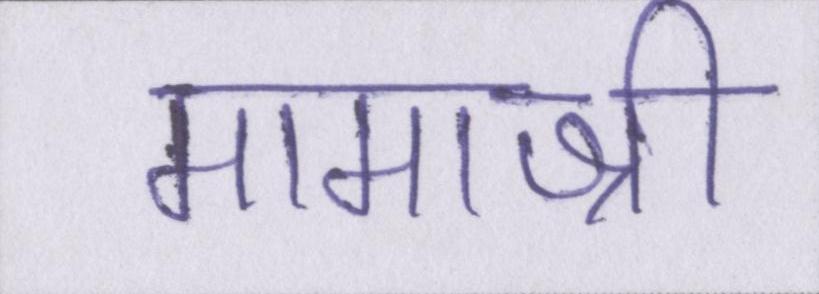
मामाश्री